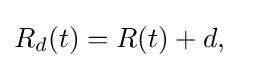
R_{d}(t)=R(t)+d,\quad